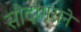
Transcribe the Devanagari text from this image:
सौदागराने